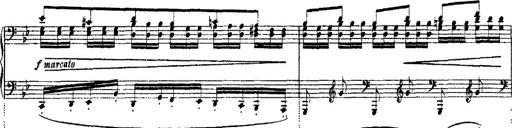
Title: Ã‰tudes d'exÃ©cution transcendante d'aprÃ¨s Paganini
Composer: Franz Liszt